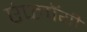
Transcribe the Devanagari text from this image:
एंप्लॉयी